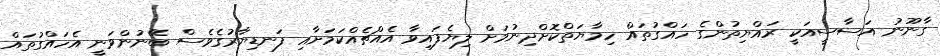
ގާނޫނު އަސާސީއަކީ ރައްޔިތުންގެ ހައްގުތައް ހިމާޔަތްކޮށްދިނުމަށް ލިޔެފައިވާ އެއްޗެއްކަމަށާއި ފަނޑިޔާރުގެވެސް ބޭނުންވަނީ އެހައްގުތައް